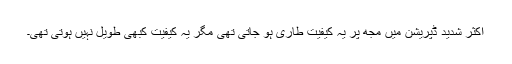
اکثر شدید ڈپریشن میں مجھ پر یہ کیفیت طاری ہو جاتی تھی مگر یہ کیفیت کبھی طویل نہیں ہوتی تھی۔